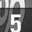
Digit: 5